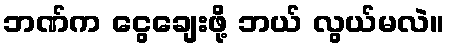
ဘဏ်က ငွေချေးဖို့ ဘယ် လွယ်မလဲ။